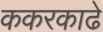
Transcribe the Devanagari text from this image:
ककरकाढे